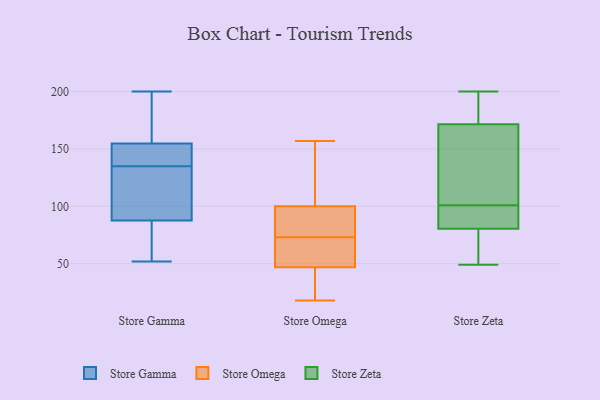
{"axis": {"x": "Production Output", "y": "Value"}, "legend": ["Store Gamma", "Store Omega", "Store Zeta"], "data": [{"x": "", "y": 135, "type": "Store Gamma"}, {"x": "", "y": 66, "type": "Store Gamma"}, {"x": "", "y": 95, "type": "Store Gamma"}, {"x": "", "y": 139, "type": "Store Gamma"}, {"x": "", "y": 151, "type": "Store Gamma"}, {"x": "", "y": 52, "type": "Store Gamma"}, {"x": "", "y": 200, "type": "Store Gamma"}, {"x": "", "y": 129, "type": "Store Gamma"}, {"x": "", "y": 140, "type": "Store Gamma"}, {"x": "", "y": 139, "type": "Store Gamma"}, {"x": "", "y": 174, "type": "Store Gamma"}, {"x": "", "y": 127, "type": "Store Gamma"}, {"x": "", "y": 166, "type": "Store Gamma"}, {"x": "", "y": 64, "type": "Store Gamma"}, {"x": "", "y": 61, "type": "Store Gamma"}, {"x": "", "y": 116, "type": "Store Gamma"}, {"x": "", "y": 177, "type": "Store Gamma"}, {"x": "", "y": 81, "type": "Store Omega"}, {"x": "", "y": 157, "type": "Store Omega"}, {"x": "", "y": 30, "type": "Store Omega"}, {"x": "", "y": 47, "type": "Store Omega"}, {"x": "", "y": 141, "type": "Store Omega"}, {"x": "", "y": 58, "type": "Store Omega"}, {"x": "", "y": 53, "type": "Store Omega"}, {"x": "", "y": 67, "type": "Store Omega"}, {"x": "", "y": 50, "type": "Store Omega"}, {"x": "", "y": 100, "type": "Store Omega"}, {"x": "", "y": 104, "type": "Store Omega"}, {"x": "", "y": 99, "type": "Store Omega"}, {"x": "", "y": 43, "type": "Store Omega"}, {"x": "", "y": 18, "type": "Store Omega"}, {"x": "", "y": 85, "type": "Store Omega"}, {"x": "", "y": 142, "type": "Store Omega"}, {"x": "", "y": 79, "type": "Store Omega"}, {"x": "", "y": 45, "type": "Store Omega"}, {"x": "", "y": 189, "type": "Store Zeta"}, {"x": "", "y": 58, "type": "Store Zeta"}, {"x": "", "y": 94, "type": "Store Zeta"}, {"x": "", "y": 200, "type": "Store Zeta"}, {"x": "", "y": 171, "type": "Store Zeta"}, {"x": "", "y": 76, "type": "Store Zeta"}, {"x": "", "y": 101, "type": "Store Zeta"}, {"x": "", "y": 89, "type": "Store Zeta"}, {"x": "", "y": 173, "type": "Store Zeta"}, {"x": "", "y": 71, "type": "Store Zeta"}, {"x": "", "y": 88, "type": "Store Zeta"}, {"x": "", "y": 49, "type": "Store Zeta"}, {"x": "", "y": 187, "type": "Store Zeta"}, {"x": "", "y": 130, "type": "Store Zeta"}, {"x": "", "y": 146, "type": "Store Zeta"}, {"x": "", "y": 82, "type": "Store Zeta"}, {"x": "", "y": 114, "type": "Store Zeta"}]}